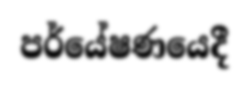
පර්යේෂණයෙදී